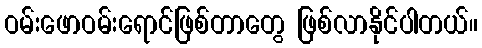
ဝမ်းဖောဝမ်းရောင်ဖြစ်တာတွေ ဖြစ်လာနိုင်ပါတယ်။